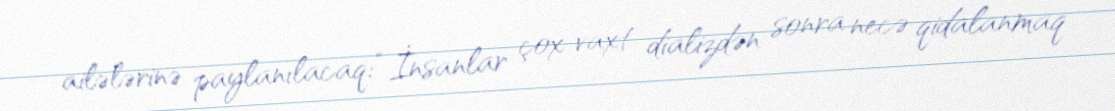
ailələrinə paylanılacaq: “İnsanlar çox vaxt dializdən sonra necə qidalanmaq